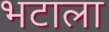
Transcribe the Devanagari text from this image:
भटाला